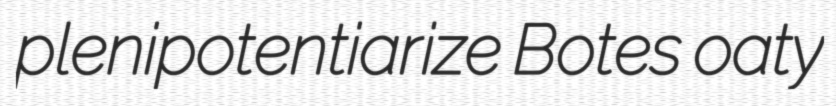
plenipotentiarize Botes oaty